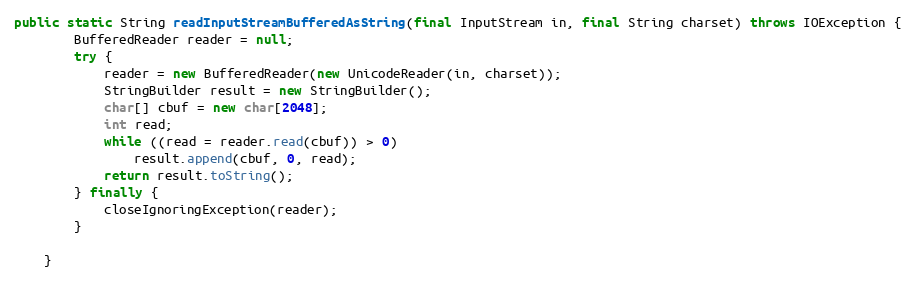
Language: Java
public static String readInputStreamBufferedAsString(final InputStream in, final String charset) throws IOException {
		BufferedReader reader = null;
		try {
			reader = new BufferedReader(new UnicodeReader(in, charset));
			StringBuilder result = new StringBuilder();
			char[] cbuf = new char[2048];
			int read;
			while ((read = reader.read(cbuf)) > 0)
				result.append(cbuf, 0, read);
			return result.toString();
		} finally {
			closeIgnoringException(reader);
		}

	}